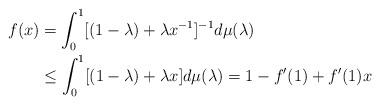
LaTeX: \begin{align*} f(x) & =\int_{0}^{1} [(1-\lambda)+\lambda x^{-1}]^{-1} d\mu(\lambda) \\& \leq \int_{0}^{1} [(1-\lambda)+\lambda x] d\mu(\lambda) = 1-f'(1)+f'(1)x \end{align*}